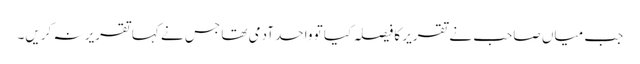
جب میاں صاحب نے تقریر کا فیصلہ کیا تو واحد آدمی تھا جس نے کہا تقریر نہ کریں۔